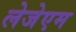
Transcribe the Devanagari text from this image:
लेजेएम